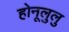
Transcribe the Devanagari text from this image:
होनूलुलु